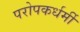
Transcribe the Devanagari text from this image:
परोपकर्धर्मी